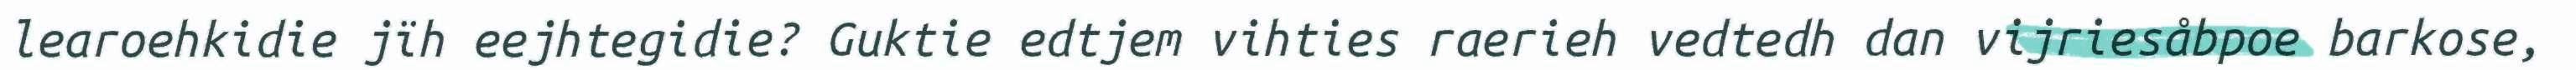
learoehkidie jïh eejhtegidie? Guktie edtjem vihties raerieh vedtedh dan vijriesåbpoe barkose,